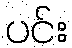
ပင်း